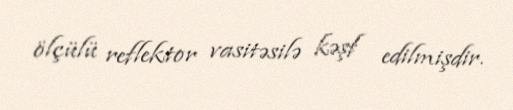
ölçülü reflektor vasitəsilə kəşf edilmişdir.